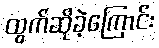
ထွက်ဆိုခဲ့ကြောင်း